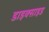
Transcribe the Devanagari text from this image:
डाइक्साइड